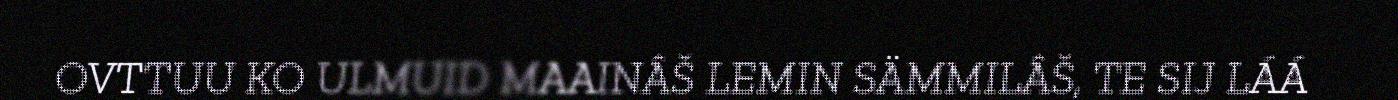
OVTTUU KO ULMUID MAAINÂŠ LEMIN SÄMMILÂŠ, TE SIJ LÁÁ